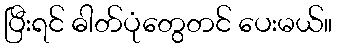
ပြီးရင် ဓါတ်ပုံတွေတင် ပေးမယ်။